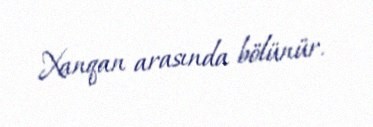
Xanqan arasında bölünür.